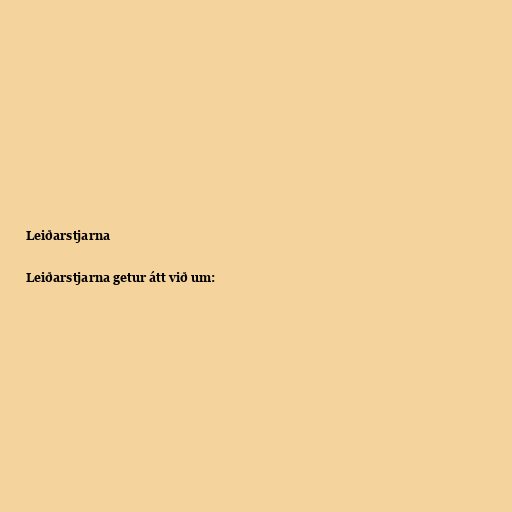
Leiðarstjarna

Leiðarstjarna getur átt við um: